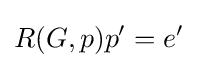
R(G,p)p'=e'